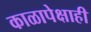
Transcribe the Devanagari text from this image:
काळापेक्षाही